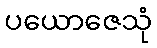
ပယောဇေသုံ